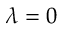
\lambda = 0